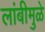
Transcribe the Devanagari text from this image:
लांबीमुळे